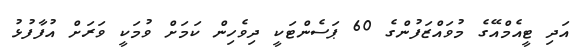
އަދި ޓީއެމްއޭގެ މުވައްޒަފުންގެ 60 ޕަސެންޓަކީ ދިވެހިން ކަމަށް ވުމަކީ ވަރަށް އުފާފުޅު